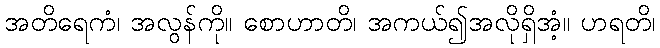
အတိရေကံ၊ အလွန်ကို။ စောဟာတိ၊ အကယ်၍အလိုရှိအံ့။ ဟရတိ၊